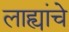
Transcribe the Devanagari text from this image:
लाह्यांचे